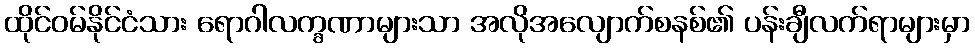
ထိုင်ဝမ်နိုင်ငံသား ရောဂါလက္ခဏာများသာ အလိုအလျောက်စနစ်၏ ပန်းချီလက်ရာများမှာ